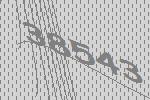
38543